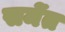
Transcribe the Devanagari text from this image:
समेंत